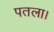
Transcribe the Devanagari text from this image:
पतला।